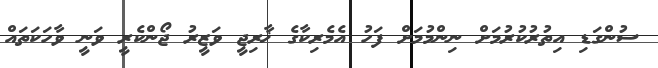
ސުންގަޑި އިތުރުކުރުމަށް ނިންމުމަށް ފަހު އެމެރިކާގެ ޚާރިޖީ ވަޒީރު ޖޯންކެރީ ވަނީ ވާހަކަތައް